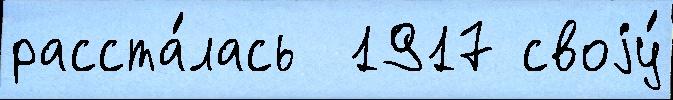
расста́лась  1917 своjу́